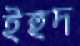
ইহুদ